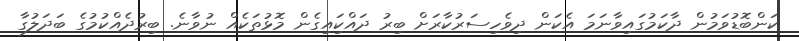
ކަންބޮޑުވަމުން ދާކަމުގައިވާނަމަ އެކަން ދިވެހިސަރުކާރަށް ބިރު ދައްކަިއިގެން މޮޅުތަކެއް ނުވާނެ. ބިރުދެއްކުމުގެ ބަދަލުގާ